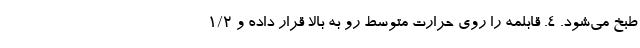
طبخ می‌شود. ۴. قابلمه را روی حرارت متوسط رو به بالا قرار داده و ۱/۲